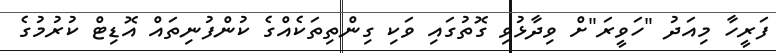
ފަރީހާ މިއަދު "ހަވީރަ"ށް ވިދާޅުވި ގޮތުގައި ވަކި ގިންތިތަކެއްގެ ކުންފުނިތައް އޮޑިޓް ކުރުމުގެ